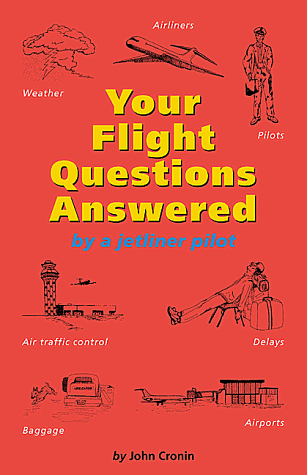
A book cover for Your Flight Questions Answered: By a Jetliner Pilot; John Cronin; Travel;